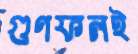
গুণফলই